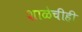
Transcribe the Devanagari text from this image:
शाळेचीही